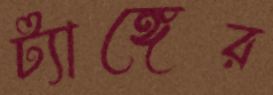
ট্যাঙ্গের